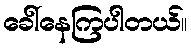
ခေါ်နေကြပါတယ်။